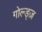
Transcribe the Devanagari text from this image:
गोल्ड्ज़